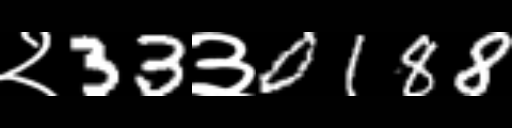
Text: २33३0188